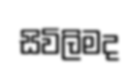
සිවිලිමද